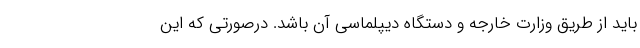
باید از طریق وزارت خارجه و دستگاه دیپلماسی آن باشد. درصورتی که این